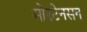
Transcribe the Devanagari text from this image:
मोरटेनसन